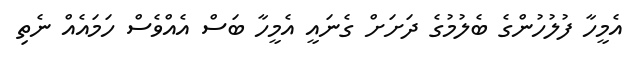
އެމީހާ ފުލުހުންގެ ބެލުމުގެ ދަށަށް ގެނައީ އެމީހާ ބަސް އެއްވެސް ހަމައެއް ނެތި